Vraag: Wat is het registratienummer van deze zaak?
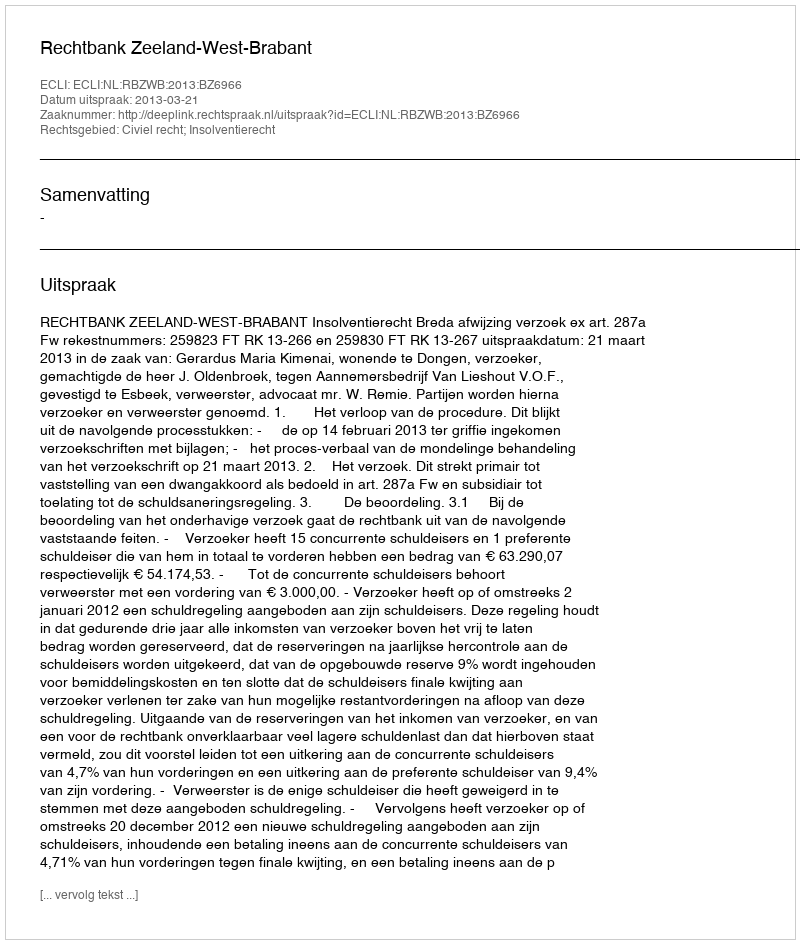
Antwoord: http://deeplink.rechtspraak.nl/uitspraak?id=ECLI:NL:RBZWB:2013:BZ6966